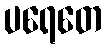
ပရေတေ